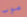
صوب